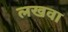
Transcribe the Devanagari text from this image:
लखवा